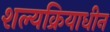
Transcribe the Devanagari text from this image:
शल्यक्रियाधीन